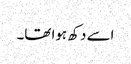
اسے دکھ ہوا تھا۔